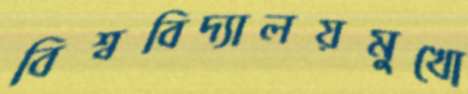
বিশ্ববিদ্যালয়মুখো